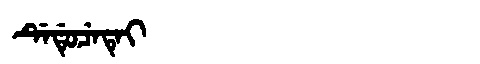
Manchu: ᡩᡝᡩᡠᠴᡝᡨᡝᡳ
Romanization: DEDUCETEI